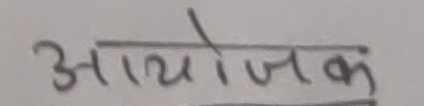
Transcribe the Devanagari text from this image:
आयोजक